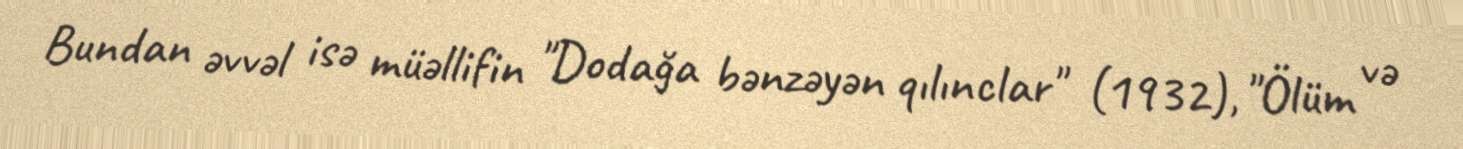
Bundan əvvəl isə müəllifin "Dodağa bənzəyən qılınclar" (1932), "Ölüm və